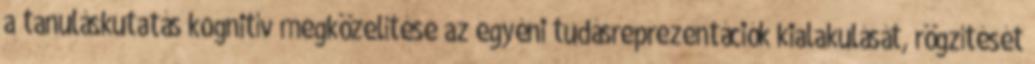
a tanuláskutatás kognitív megközelítése az egyéni tudásreprezentációk kialakulását, rögzítését